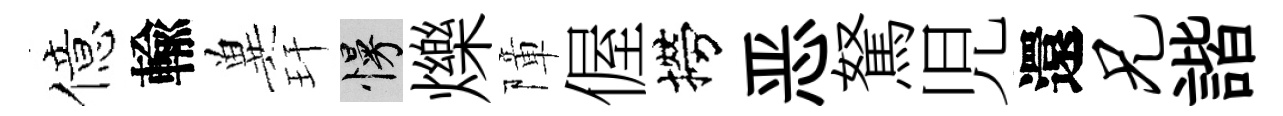
億輸兾玕慢爍障偓撈恶駑児還兄諧